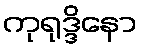
ကုရုဒ္ဒိနော